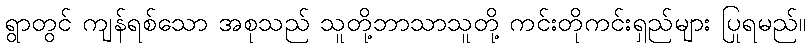
ရွာတွင် ကျန်ရစ်သော အစုသည် သူတို့ဘာသာသူတို့ ကင်းတိုကင်းရှည်များ ပြုရမည်။